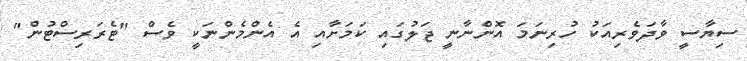
ސިޔާސީ ވާދަވެރިއަކު ހުރިނަމަ އޮންނާނީ ޖަލުގައި ކަމަށާއި އެ އެންމެންނަކީ ވެސް "ޓެރަރިސްޓުން"